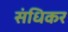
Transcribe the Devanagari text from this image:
संधिकर